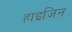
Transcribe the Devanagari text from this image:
हाइजिन